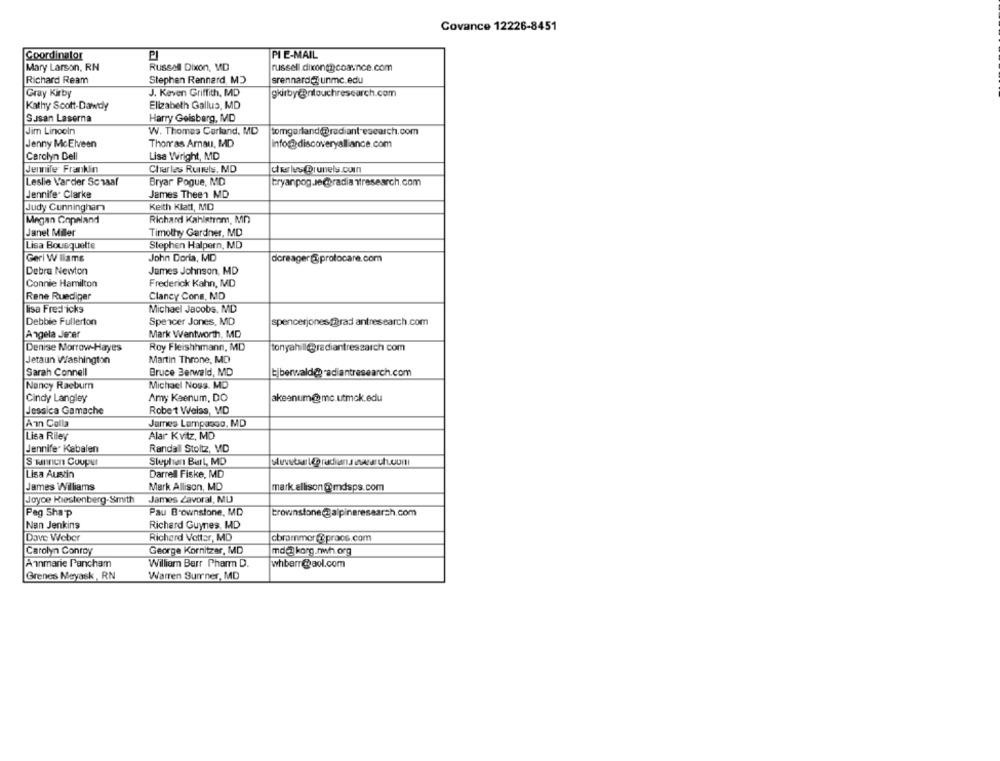
Covance 12226-8451
PI E-MAIL
Coordinator
Mary Larson, RN
Russell Dixon, MD
Richard Ream
Stephen Rennard, MD
srennard@: unmc.edu
Gray Kirby
J. Keven Griffith, MD
gkirby@ntouchresearch.com
Kathy Scott-Dawdy
Elizabeth Gallus, MD
Susan Laserna
Harry Geisberg, MD
Jim Lincoln
W. Thomas Carland, MD
tomgarland@radiant-esearch.com
Jenny MoElveen
Thomas Arnau, MD
info@discoveryalliance.com
Carolyn Dell
Lisa Wright, MD
Jennile Franklin
Charles Runels. MD
ciesles @runels.cuin
Leslie Varder Schaaf
Bryar Pogue, MD
bryanpog.Je@radiantresearch.com
Jennifer Clarke
James Theen MD
Keith Klatt, MD
Judy Cunningham
Megan Copeland
Richard Kahlstrom, Mn
Janet Miler
Timothy Gardner, MD
Lisa Bousquette
Stephen Halpern, MD
Geri W liams
John Doria, MD
dereager @prolocare.com
Debra Newton
James Johnson, MD
Frederick Kahn, MD
Connie Hamilton
Rene Ruediger
Clancy Cons, MD
lisa Fredicks
Michael Jacobs, MD
Debbie Fullerton
Spencer Jones, MD
spencerjones@@rad antresearch.com
Angela Jerer
Mark Wentworth, MD
Denise Morrow-Hayes
Roy Fleishhmann, MD
tonyahill@@radiantresearch com
Jetaun Washington
Martin Throne, MD
Sarah Connell
Bruce Berwald, MD
Liberwald@ radiantresearch.com
Nancy Raeburn
Michael Noss. MD
Cindy Langley
Amy Keenum, DO
akeenum@mc.utmok.edu
Jessica Gamache
Robet Weiss, MD
Ann Cella
James Lempasso, MD
Lisa Riley
Alar Kvitz, MD
Jennifer Kabalen
Randall Stoltz, MD
Stephan Burl, MD
Lisa Austin
Darrell Fiske, MD
James Williams
Mark Allison, MD
mark ellison @mdsps.com
Joyce Riestenberg-Smith
James Zavoral, MU
Pag Shap
Pau Brownstone, MD
brownstone@alpineresearch.com
Nan Jenkins
Richard Guynes, MD
Dave Weber
Richard Vetter, MD
cbrammer @prace.com
Carolyn Conroy
George Kornitzer, MD
md@ korg.nwh.org
Annmarie Pancham
William Barr Pharm D.
whberr@aol.com
Grenes Mayask, RN
Warren Surrner, MD